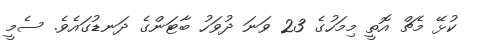
ކުޅޭ މެޗް އޮތީ މިމަހުގެ 23 ވަނަ ދުވަހު ބާޓަންގެ ދަނޑުގައެވެ. ސެމީ